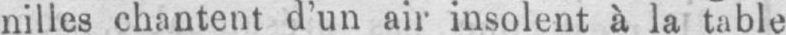
nilles chantent d’un air insolent à la table